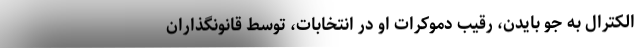
الکترال به جو بایدن، رقیب دموکرات او در انتخابات، توسط قانونگذاران